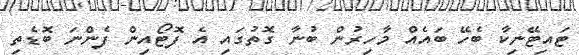
ޓައިޓޭނިކާ ބެހޭ ބައެއް މާހިރުން ބުނާ ގޮތުގައި އެ ފޮޓޯއިން ފެންނަ ބޮޑެތި